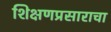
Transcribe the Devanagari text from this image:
शिक्षणप्रसाराचा